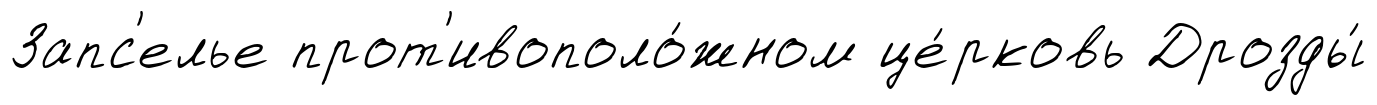
Запс'елье прот'ивополо́жном це́рковь Дрозды́